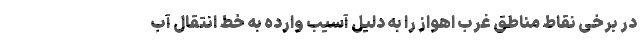
در برخی نقاط مناطق غرب اهواز را به دلیل آسیب وارده به خط انتقال آب